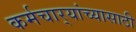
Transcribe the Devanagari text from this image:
कर्मचार्‍यांच्यासाठी